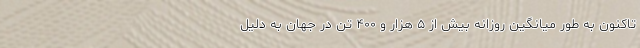
تاکنون به طور میانگین روزانه بیش از ۵ هزار و ۴۰۰ تن در جهان به دلیل